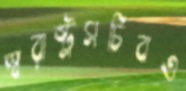
স্বরাষ্ট্রসচিবও